Lunatic asylums Madras 1892-1911 - 1892-1911
Year: 1892
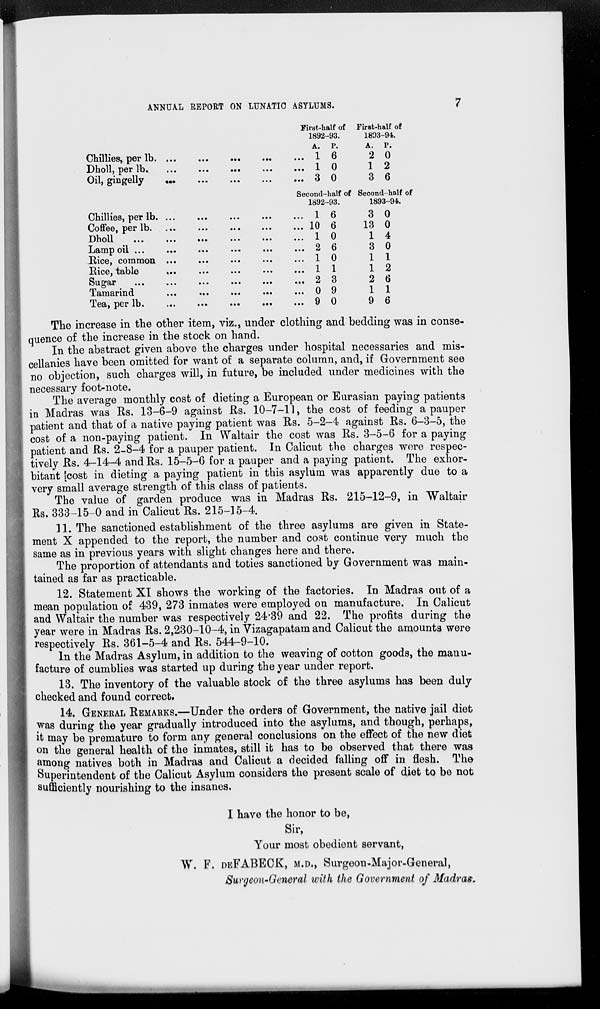
ANNUAL REPORT ON LUNATIC ASYLUMS.
7
Chillies, per lb ... ... ... ... ...
Dholl, per lb.
...
...
...
...
...
Oil, gingelly
...
...
...
...
...
Chillies, per lb
...
...
...
...
...
Coffee, per lb. ... ... ... ... ...
Dholl ... ... ... ... ... ...
Lamp oil ... ... ... ... ... ....
Rice, common ... ... ... ... ...
Rice, table ... ... ... ... ...
Sugar ... ... ... ... ... ...
Tamarind ... ... ... ... ...
Tea, per lb. ... ... ... ... ...
First-half of
1892-93.
A.
1
1
3
P.
6
0
0
Second-half of
1892-93.
1
10
1
2
1
1
2
0
9
6
6
0
6
0
1
3
9
0
First-half of
1893-94.
A.
2
1
3
P.
0
2
6
Second-half of
1893-94.
3
13
1
3
1
1
2
1
9
0
0
4
0
1
2
6
1
6
The increase in the other item, viz., under clothing and bedding was in conse-
quence of the increase in the stock on hand.
In the abstract given above the charges under hospital necessaries and mis-
cellanies have been omitted for want of a separate column, and, if Government see
no objection, such charges will, in future, be included under medicines with the
necessary foot-note.
The average monthly cost of dieting a European or Eurasian paying patients
in Madras was Rs. 13-6-9 against Rs. 10-7-11, the cost of feeding a pauper
patient and that of a native paying patient was Rs. 5-2-4 against Rs. 6-3-5, the
cost of a non-paying patient. In Waltair the cost was Rs. 3-5-6 for a paying
patient and Rs. 2-8-4 for a pauper patient. In Calicut the charges were respec-
tively Rs. 4-14-4 and Rs. 15-5-6 for a pauper and a paying patient. The exhor-
bitant cost in dieting a paying patient in this asylum was apparently due to a
very small average strength of this class of patients.
The value of garden produce was in Madras Rs. 215-12-9, in Waltair
Rs. 333-15-0 and in Calicut Rs. 215-15-4.
11. The sanctioned establishment of the three asylums are given in State-
ment X appended to the report, the number and cost continue very much the
same as in previous years with slight changes here and there.
The proportion of attendants and toties sanctioned by Government was main-
tained as far as practicable.
12. Statement XI shows the working of the factories. In Madras out of a
mean population of 439, 273 inmates were employed on manufacture. In Calicut
and Waltair the number was respectively 24.39 and 22. The profits during the
year were in Madras Rs. 2,230-10-4, in Vizagapatam and Calicut the amounts were
respectively Rs. 361-5-4 and Rs. 544-9-10.
In the Madras Asylum, in addition to the weaving of cotton goods, the manu-
facture of cumblies was started up during the year under report.
13. The inventory of the valuable stock of the three asylums has been duly
checked and found correct.
14. GENERAL REMARKS.—Under the orders of Government, the native jail diet
was during the year gradually introduced into the asylums, and though, perhaps,
it may be premature to form any general conclusions on the effect of the new diet
on the general health of the inmates, still it has to be observed that there was
among natives both in Madras and Calicut a decided falling off in flesh. The
Superintendent of the Calicut Asylum considers the present scale of diet to be not
sufficiently nourishing to the insanes.
I have the honor to be,
Sir,
Your most obedient servant,
W. F. DEFABECK, M.D., Surgeon-Major-General,
Surgeon-General with the Government of Madras.